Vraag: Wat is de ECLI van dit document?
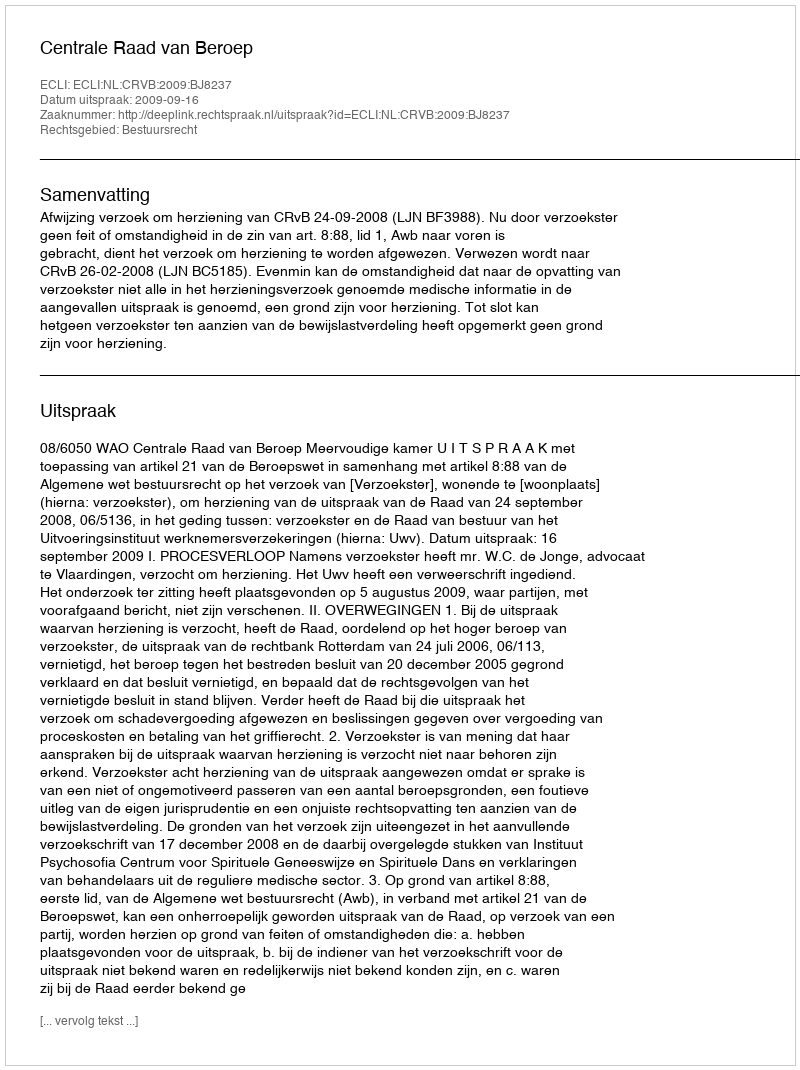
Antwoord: ECLI:NL:CRVB:2009:BJ8237